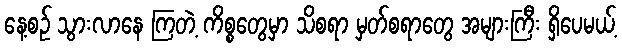
နေ့စဉ် သွားလာနေ ကြတဲ့ ကိစ္စတွေမှာ သိစရာ မှတ်စရာတွေ အများကြီး ရှိပေမယ့်